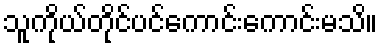
သူကိုယ်တိုင်ပင်ကောင်းကောင်းမသိ။